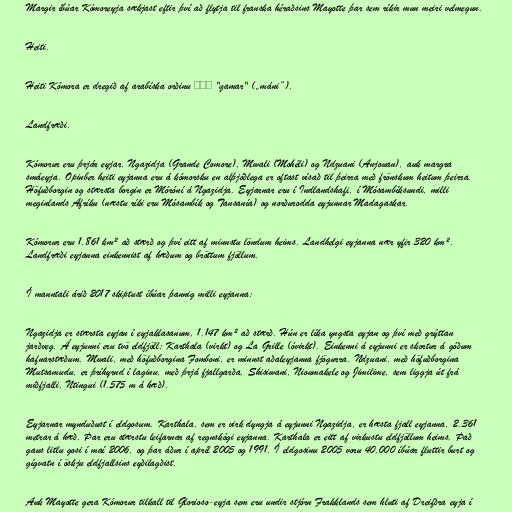
Margir íbúar Kómoreyja sækjast eftir því að flytja til franska héraðsins Mayotte þar sem ríkir mun meiri velmegun.

Heiti.

Heiti Kómora er dregið af arabíska orðinu قمر "qamar" („máni“).

Landfræði.

Kómorur eru þrjár eyjar, Ngazidja (Grande Comore), Mwali (Mohéli) og Ndzuani (Anjouan), auk margra
smáeyja. Opinber heiti eyjanna eru á kómorsku en alþjóðlega er oftast vísað til þeirra með frönskum heitum þeirra.
Höfuðborgin og stærsta borgin er Móróní á Ngazidja. Eyjarnar eru í Indlandshafi, í Mósambíksundi, milli
meginlands Afríku (næstu ríki eru Mósambík og Tansanía) og norðurodda eyjunnar Madagaskar.

Kómorur eru 1.861 km² að stærð og því eitt af minnstu löndum heims. Landhelgi eyjanna nær yfir 320 km².
Landfræði eyjanna einkennist af hæðum og bröttum fjöllum.

Í manntali árið 2017 skiptust íbúar þannig milli eyjanna:

Ngazidja er stærsta eyjan í eyjaklasanum, 1.147 km² að stærð. Hún er líka yngsta eyjan og því með grýttan
jarðveg. Á eyjunni eru tvö eldfjöll; Karthala (virkt) og La Grille (óvirkt). Einkenni á eyjunni er skortur á góðum
hafnarstæðum. Mwali, með höfuðborgina Fomboni, er minnst aðaleyjanna fjögurra. Ndzuani, með höfuðborgina
Mutsamudu, er þríhyrnd í laginu, með þrjá fjallgarða, Shisiwani, Nioumakele og Jimilime, sem liggja út frá
miðfjalli, Ntingui (1.575 m á hæð).

Eyjarnar mynduðust í eldgosum. Karthala, sem er virk dyngja á eyjunni Ngazidja, er hæsta fjall eyjanna, 2.361
metrar á hæð. Þar eru stærstu leifarnar af regnskógi eyjanna. Karthala er eitt af virkustu eldfjöllum heims. Það
gaus litlu gosi í maí 2006, og þar áður í apríl 2005 og 1991. Í eldgosinu 2005 voru 40.000 íbúar fluttir burt og
gígvatn í öskju eldfjallsins eyðilagðist.

Auk Mayotte gera Kómorur tilkall til Glorioso-eyja sem eru undir stjórn Frakklands sem hluti af Dreifðra eyja í